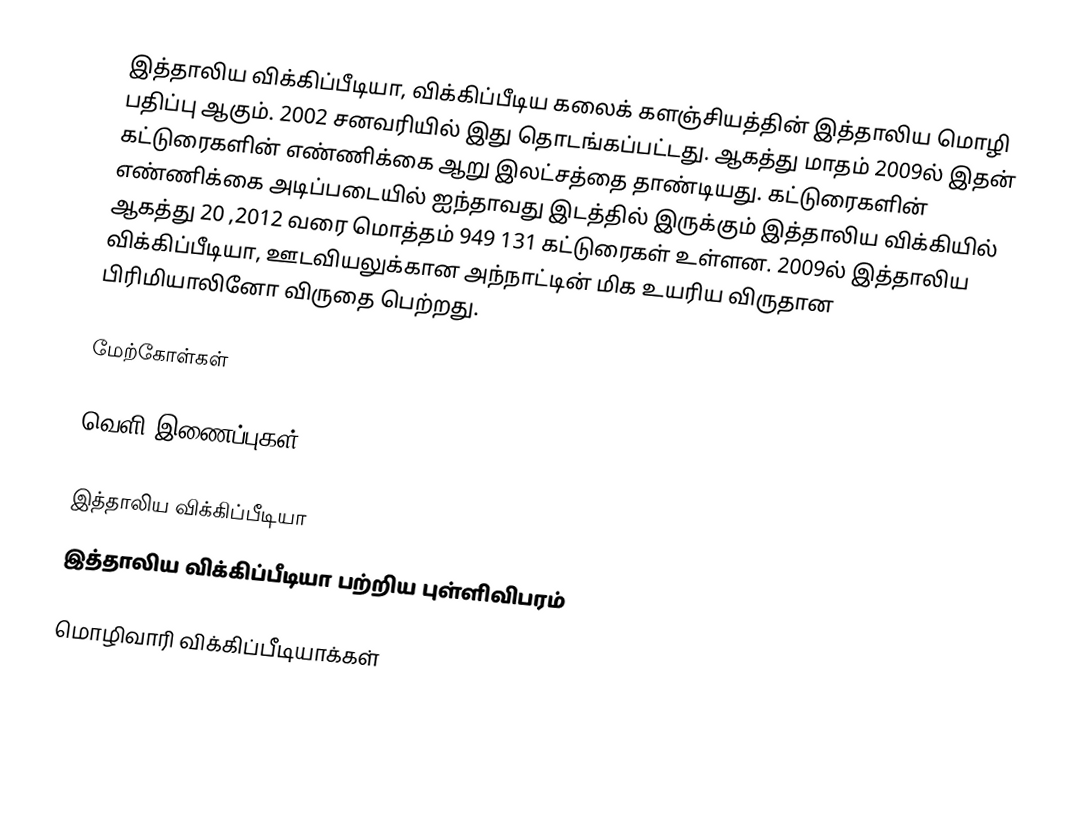
இத்தாலிய விக்கிப்பீடியா, விக்கிப்பீடிய கலைக் களஞ்சியத்தின் இத்தாலிய மொழி பதிப்பு ஆகும். 2002 சனவரியில் இது தொடங்கப்பட்டது. ஆகத்து மாதம் 2009ல் இதன் கட்டுரைகளின் எண்ணிக்கை ஆறு இலட்சத்தை தாண்டியது. கட்டுரைகளின் எண்ணிக்கை அடிப்படையில் ஐந்தாவது இடத்தில் இருக்கும் இத்தாலிய விக்கியில் ஆகத்து 20 ,2012 வரை மொத்தம் 949 131 கட்டுரைகள் உள்ளன. 2009ல் இத்தாலிய விக்கிப்பீடியா, ஊடவியலுக்கான அந்நாட்டின் மிக உயரிய விருதான பிரிமியாலினோ விருதை பெற்றது.

மேற்கோள்கள்

வெளி இணைப்புகள்

 இத்தாலிய விக்கிப்பீடியா
 இத்தாலிய விக்கிப்பீடியா பற்றிய புள்ளிவிபரம்

மொழிவாரி விக்கிப்பீடியாக்கள்